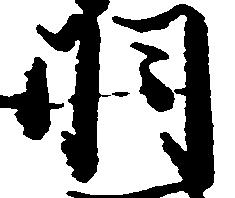
羽